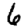
Digit: 6